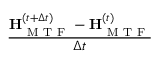
\frac { \mathbf { H } _ { \mathrm { ~ M ~ T ~ F ~ } } ^ { ( t + \Delta t ) } - { \mathbf { H } _ { \mathrm { ~ M ~ T ~ F ~ } } ^ { ( t ) } } } { \Delta t }